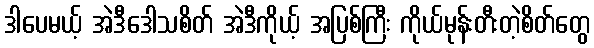
ဒါပေမယ့် အဲဒီဒေါသစိတ် အဲဒီကိုယ့် အပြစ်ကြီး ကိုယ်မုန်းတီးတဲ့စိတ်တွေ